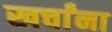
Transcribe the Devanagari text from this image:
खर्चांना